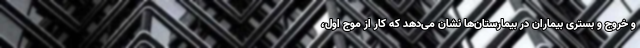
و خروج و بستری بیماران در بیمارستان‌ها نشان می‌دهد که کار از موج اول،